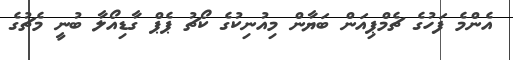
އެންމެ ފަހުގެ ޗެމްޕިއަން ބަޔާން މިއުނިކުގެ ކޯޗު ޕެޕް ގާޑިއޯލާ ބުނީ މެޗުގެ